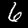
Digit: 6